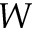
W